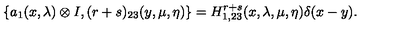
\{ a _ { 1 } ( x , \lambda ) \otimes I , ( r + s ) _ { 2 3 } ( y , \mu , \eta ) \} = H _ { 1 , 2 3 } ^ { r + s } ( x , \lambda , \mu , \eta ) \delta ( x - y ) .